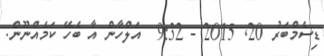
ޑިސެމްބަރު 20